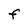
Character: F